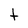
Character: t